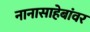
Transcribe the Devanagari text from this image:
नानासाहेबांवर